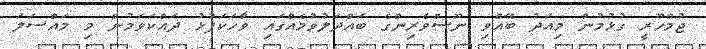
ޖުމްހޫރީ ގުޅުމުން މިއަދު ބޭއްވި ނޫސްވެރިންގެ ބައްދަލުވުމެއްގައި ވާހަކަފުޅު ދައްކަވަމުން މި މައްސަލަ